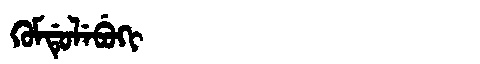
Manchu: ᡴᡠᠮᡩᡠᠯᡝᠪᡠᡴᡳ
Romanization: KUMDULEBUKI